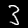
Label: 3